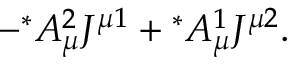
- { ^ \ast } A _ { \mu } ^ { 2 } J ^ { \mu 1 } + { ^ \ast } A _ { \mu } ^ { 1 } J ^ { \mu 2 } .